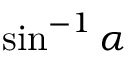
\sin ^ { - 1 } \alpha